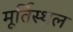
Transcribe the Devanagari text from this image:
मूर्तिस्थल